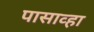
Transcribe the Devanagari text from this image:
पासाव्हा